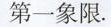
在第一象限.